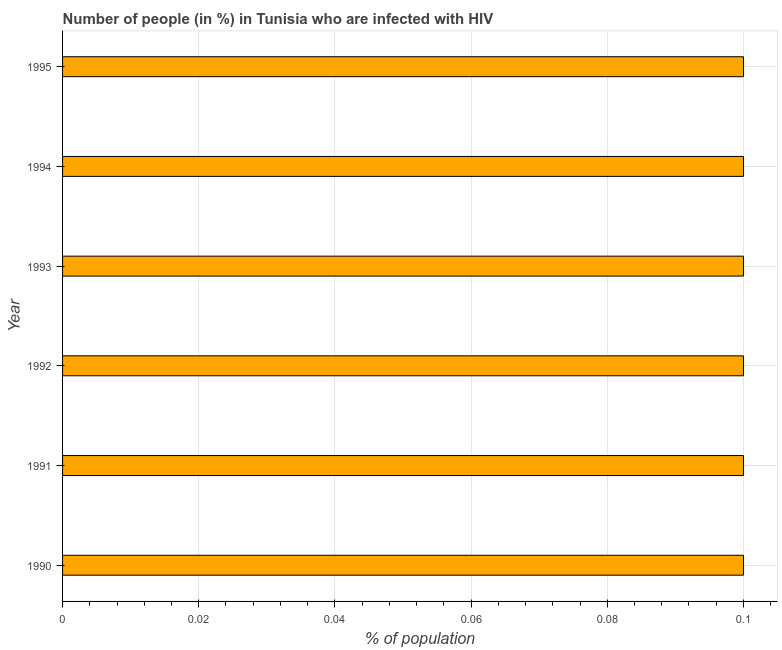
| Year | Infected with HIV |
 | --- | --- |
 | 1990 | 0.1 |
 | 1991 | 0.1 |
 | 1992 | 0.1 |
 | 1993 | 0.1 |
 | 1994 | 0.1 |
 | 1995 | 0.1 |